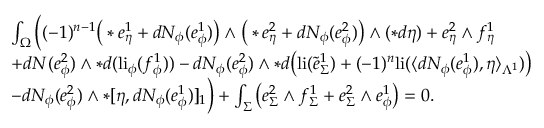
\begin{array} { r l } & { \int _ { \Omega } \Big ( ( - 1 ) ^ { n - 1 } \big ( \ast e _ { \eta } ^ { 1 } + d N _ { \phi } ( e _ { \phi } ^ { 1 } ) \big ) \wedge \big ( \ast e _ { \eta } ^ { 2 } + d N _ { \phi } ( e _ { \phi } ^ { 2 } ) \big ) \wedge ( \ast d \eta ) + e _ { \eta } ^ { 2 } \wedge f _ { \eta } ^ { 1 } } \\ & { + d N ( e _ { \phi } ^ { 2 } ) \wedge \ast d ( \mathrm { l i } _ { \phi } ( f _ { \phi } ^ { 1 } ) ) - d N _ { \phi } ( e _ { \phi } ^ { 2 } ) \wedge \ast d \big ( \mathrm { l i } ( \tilde { e } _ { \Sigma } ^ { 1 } ) + ( - 1 ) ^ { n } \mathrm { l i } ( \langle d N _ { \phi } ( e _ { \phi } ^ { 1 } ) , \eta \rangle _ { \Lambda ^ { 1 } } ) \big ) } \\ & { - d N _ { \phi } ( e _ { \phi } ^ { 2 } ) \wedge \ast [ \eta , d N _ { \phi } ( e _ { \phi } ^ { 1 } ) ] _ { 1 } \Big ) + \int _ { \Sigma } \big ( e _ { \Sigma } ^ { 2 } \wedge f _ { \Sigma } ^ { 1 } + e _ { \Sigma } ^ { 2 } \wedge e _ { \phi } ^ { 1 } \big ) = 0 . } \end{array}